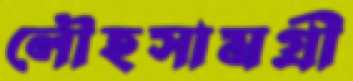
লৌহসামগ্রী